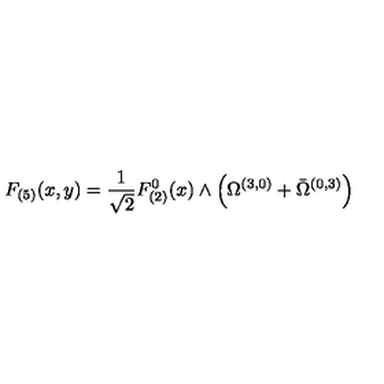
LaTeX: F _ { ( 5 ) } ( x , y ) = \frac 1 { \sqrt { 2 } } F _ { ( 2 ) } ^ { 0 } ( x ) \wedge \left( \Omega ^ { ( 3 , 0 ) } + \bar { \Omega } ^ { ( 0 , 3 ) } \right)